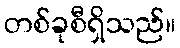
တစ်ခုစီရှိသည်။